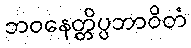
ဘဝနေတ္တိပ္ပဘာဝိတံ